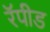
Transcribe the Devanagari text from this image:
रॅपीड